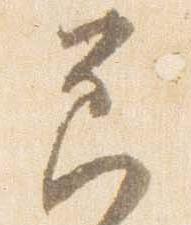
節